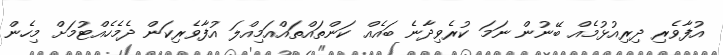
އުފާވެރި ދިރިއުޅުމެއް ބޭނުން ނަމަ ކުރެވިދާނެ ބައެއް ކަންތައްތައްއަމިއްލަ އުފާވެރިކަން ދެމެހެއްޓުމަށް މިހެން